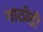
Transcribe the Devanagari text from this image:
गाठोडी